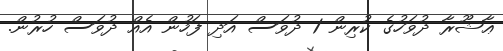
ޢާޝޫރާ ދުވަހުގެ ކުރިން 1 ދުވަސް އަދި ފަހުން އެއް ދުވަސް ހުރުން.